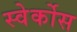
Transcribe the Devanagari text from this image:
स्वेर्कोस